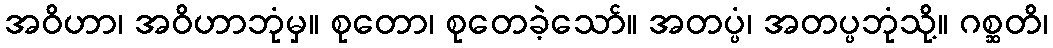
အဝိဟာ၊ အဝိဟာဘုံမှ။ စုတော၊ စုတေခဲ့သော်။ အတပ္ပံ၊ အတပ္ပဘုံသို့။ ဂစ္ဆတိ၊